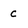
Character: c